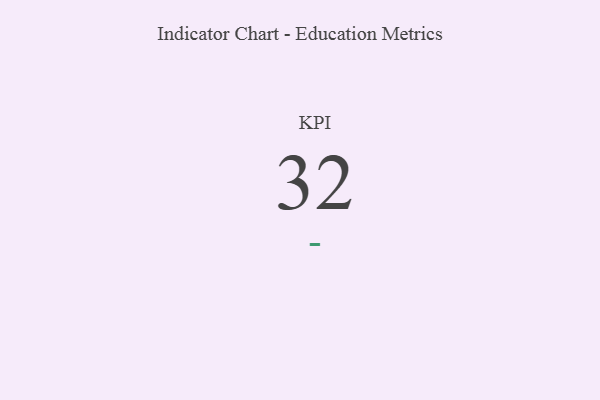
{"axis": {"x": "KPI", "y": "Value"}, "legend": [""], "data": [{"x": "KPI", "y": 32, "type": ""}]}